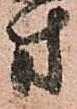
方